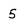
Character: 5